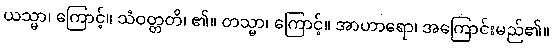
ယသ္မာ၊ ကြောင့်။ သံဝတ္တတိ၊ ၏။ တသ္မာ၊ ကြောင့်။ အာဟာရော၊ အကြောင်းမည်၏။